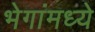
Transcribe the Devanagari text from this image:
भेगांमध्ये